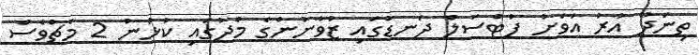
ތިނަދޫ އާރު އަވަށު ފުޓްސަލް ދަނޑުގައި ޒުވާނުންގެ މެދުގައި ކުޅުނު 2 މެޗްވެސް